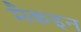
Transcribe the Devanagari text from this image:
मैकइन